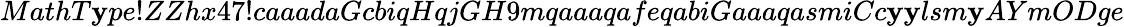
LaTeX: MathT\mathbf{y}pe!ZZhx47!caaadaGcbiqHqjGH9mqaaaqafeqabiGaaaqasmiCc\mathbf{y}\mathbf{y}lsm\mathbf{y}AYmODge